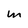
Character: w